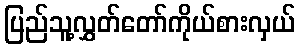
ပြည်သူ့လွှတ်တော်ကိုယ်စားလှယ်